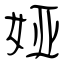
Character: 娅